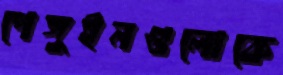
পেঙ্গুইনগুলোকে